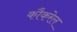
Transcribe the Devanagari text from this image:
कौकरेल